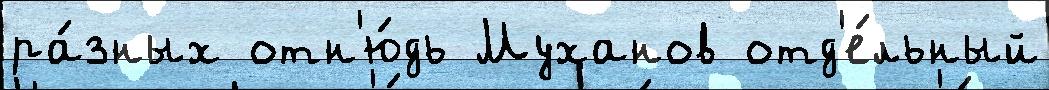
ра́зных отн'ю́дь Муханов отд'е́льный